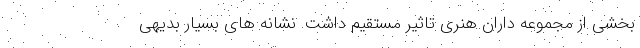
بخشی از مجموعه داران هنری تاثیر مستقیم داشت. نشانه های بسیار بدیهی